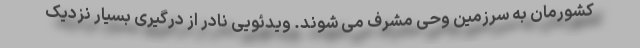
کشورمان به سرزمین وحی مشرف می شوند. ویدئویی نادر از درگیری بسیار نزدیک